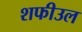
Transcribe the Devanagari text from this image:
शफीउल